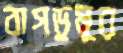
বাগডুমুর